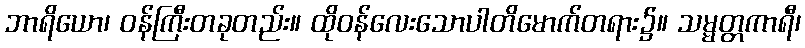
ဘာရိယော၊ ဝန်ကြီးတခုတည်း။ ထိုဝန်လေးသောပါတိမောက်တရား၌။ သမ္မတ္တကာရီ၊